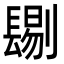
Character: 𨲞